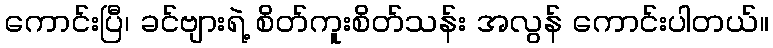
ကောင်းပြီ၊ ခင်ဗျားရဲ့ စိတ်ကူးစိတ်သန်း အလွန် ကောင်းပါတယ်။